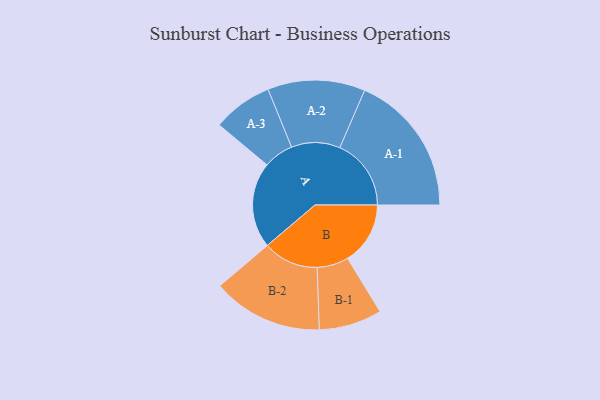
{"axis": {"x": "Segment", "y": "Value"}, "legend": ["", "A", "B"], "data": [{"x": "A", "y": 349, "type": ""}, {"x": "B", "y": 255, "type": ""}, {"x": "A-1", "y": 290, "type": "A"}, {"x": "A-2", "y": 198, "type": "A"}, {"x": "A-3", "y": 122, "type": "A"}, {"x": "B-1", "y": 128, "type": "B"}, {"x": "B-2", "y": 225, "type": "B"}]}